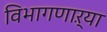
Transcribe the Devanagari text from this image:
विभागणाऱ्या